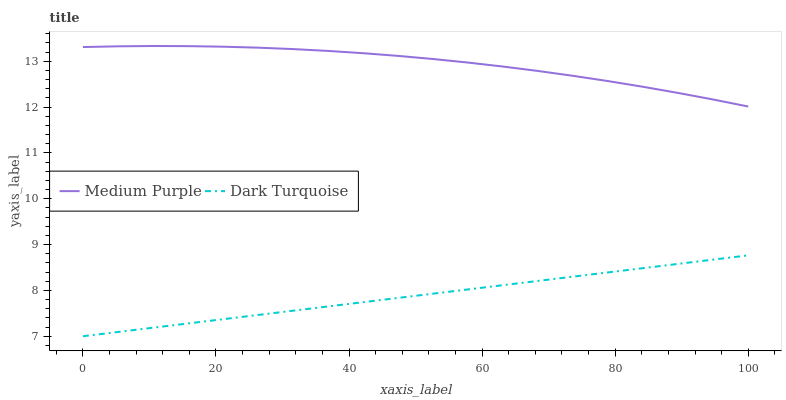
| xaxis_label | Medium Purple | Dark Turquoise |
 | --- | --- | --- |
 | 0 | 13.3 | 7 |
 | 5.26 | 13.3 | 7.09 |
 | 10.5 | 13.3 | 7.19 |
 | 15.8 | 13.3 | 7.28 |
 | 21.1 | 13.3 | 7.37 |
 | 26.3 | 13.3 | 7.46 |
 | 31.6 | 13.3 | 7.56 |
 | 36.8 | 13.2 | 7.65 |
 | 42.1 | 13.2 | 7.74 |
 | 47.4 | 13.1 | 7.84 |
 | 52.6 | 13 | 7.93 |
 | 57.9 | 13 | 8.02 |
 | 63.2 | 12.9 | 8.11 |
 | 68.4 | 12.8 | 8.21 |
 | 73.7 | 12.7 | 8.3 |
 | 78.9 | 12.6 | 8.39 |
 | 84.2 | 12.4 | 8.49 |
 | 89.5 | 12.3 | 8.58 |
 | 94.7 | 12.2 | 8.67 |
 | 100 | 12 | 8.77 |